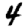
Digit: 4